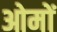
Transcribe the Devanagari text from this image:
ओमों